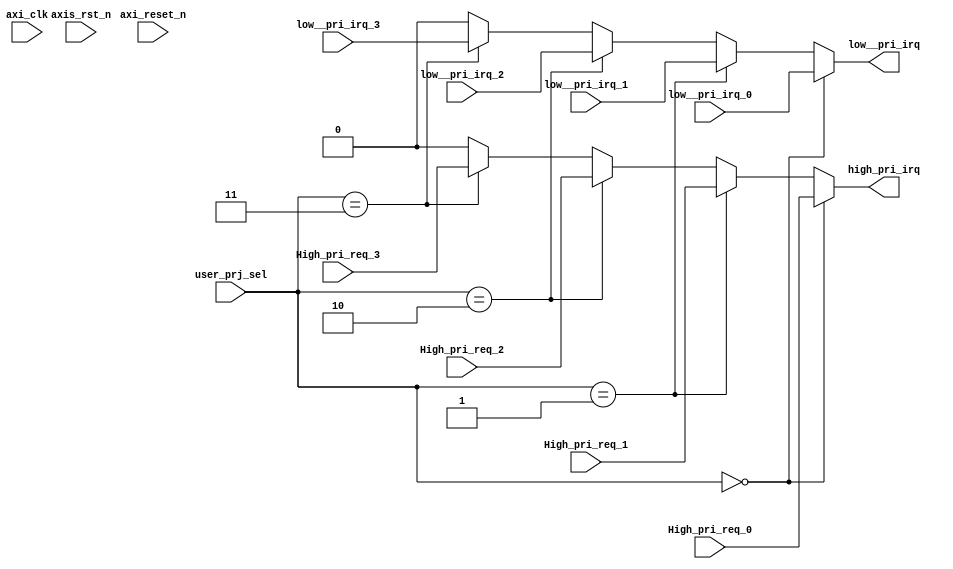
//////////////////////////////////////////////////////////////////////////////////
//
// Design Name:
// Module Name: IRQ_MUX
// Project Name:
// Target Devices:
// Tool Versions:
// Description:
//
// Dependencies:
//
// Revision:
// Revision 0.01 - File Created
// Additional Comments:
//
//////////////////////////////////////////////////////////////////////////////////
module IRQ_MUX #( parameter pADDR_WIDTH=10
                )
(
  input  wire         low__pri_irq_0,
  input  wire         High_pri_req_0,
  input  wire         low__pri_irq_1,
  input  wire         High_pri_req_1,
  input  wire         low__pri_irq_2,
  input  wire         High_pri_req_2,
  input  wire         low__pri_irq_3,
  input  wire         High_pri_req_3,
  output wire         low__pri_irq,
  output wire         high_pri_irq,
  input  wire         axi_clk,
  input  wire         axi_reset_n,
  input  wire         axis_rst_n,
  input  wire  [4: 0] user_prj_sel
);


assign low__pri_irq = (user_prj_sel == 5'b00000) ? low__pri_irq_0 :
                      (user_prj_sel == 5'b00001) ? low__pri_irq_1 :
                      (user_prj_sel == 5'b00010) ? low__pri_irq_2 :
                      (user_prj_sel == 5'b00011) ? low__pri_irq_3 :
                      1'b0;
                      
assign high_pri_irq = (user_prj_sel == 5'b00000) ? High_pri_req_0 :
                      (user_prj_sel == 5'b00001) ? High_pri_req_1 :
                      (user_prj_sel == 5'b00010) ? High_pri_req_2 :
                      (user_prj_sel == 5'b00011) ? High_pri_req_3 :
                      1'b0;


endmodule // IRQ_MUX